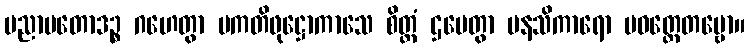
ပညာပတောဒဉ္စ ဂဟေတွာ ပကတိဖုဋ္ဌောကာသေ စိတ္တံ ဌပေတွာ မနသိကာရော ပဝတ္တေတဗ္ဗော။